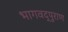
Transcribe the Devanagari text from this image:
भागवद्पुराण